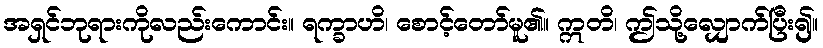
အရှင်ဘုရားကိုလည်းကောင်း။ ရက္ခာဟိ၊ စောင့်တော်မူ၏။ ဣတိ၊ ဤသို့လျှောက်ပြီး၍။